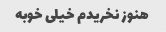
هنوز نخریدم خیلی خوبه